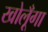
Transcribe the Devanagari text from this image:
खोलूँगा